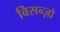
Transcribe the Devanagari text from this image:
विसन्ज़ो